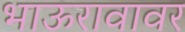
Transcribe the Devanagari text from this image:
भाऊरावावर